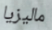
ماليزيا